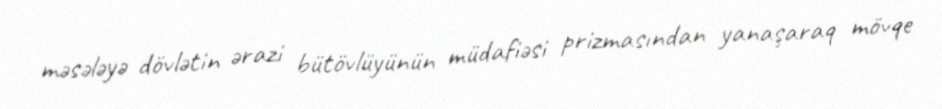
məsələyə dövlətin ərazi bütövlüyünün müdafiəsi prizmasından yanaşaraq mövqe